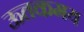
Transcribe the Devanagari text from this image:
ऊतकमय